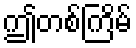
ဤတစ်ကြိမ်